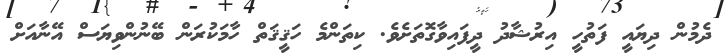
ދެމުން ދިޔައީ ފަތުހީ އިރުޝާދު ދީފައިވާގޮތަށެވެ. ކިތަންމެ ހަޤީޤަތް ހާމަކުރަން ބޭނުންވިޔަސް އޭނާއަށް